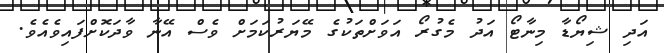
އަދި ޝިޔޯޑާ މިނާޓޯ އަދު މެގުރޯ އަވަށްތަކުގެ މޭޔަރުކަމަށް ވެސް އޭނާ ވާދަކޮށްފައިވެއެވެ.